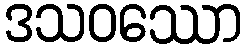
ဒသဝဿော